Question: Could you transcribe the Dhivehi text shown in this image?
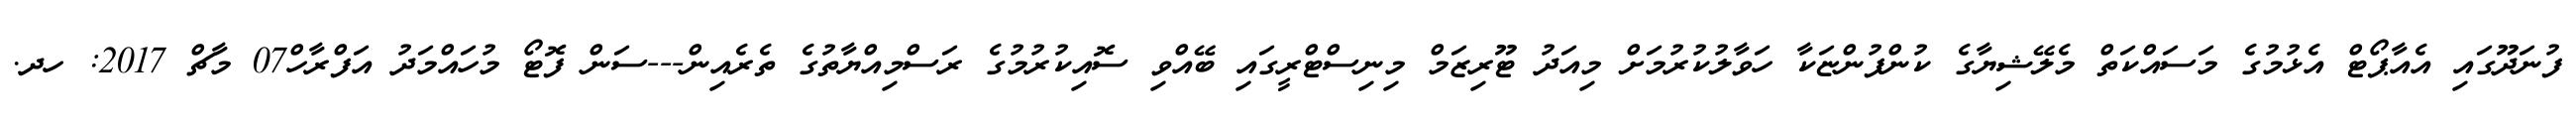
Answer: ފުނަދޫގައި އެއާޕޯޓް އެޅުމުގެ މަސައްކަތް މެލޭޝިޔާގެ ކުންފުންޏަކާ ހަވާލުކުރުމަށް މިއަދު ޓޫރިޒަމް މިނިސްޓްރީގައި ބޭއްވި ސޮއިކުރުމުގެ ރަސްމިއްޔާތުގެ ތެރެއިން---ސަން ފޮޓޯ މުހައްމަދު އަފްރާހް07 މާޗް 2017: ހދ.